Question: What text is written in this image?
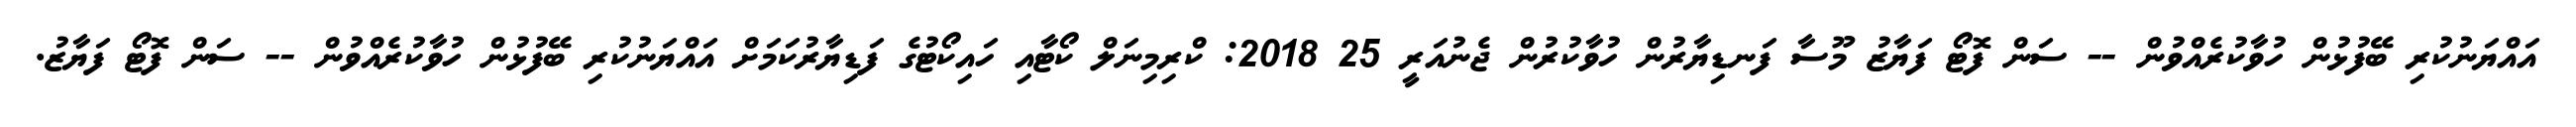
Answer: އައްޔަނުކުރި ބޭފުޅުން ހުވާކުރެއްވުން -- ސަން ފޮޓޯ ފަޔާޒު މޫސާ ފަނޑިޔާރުން ހުވާކުރުން ޖެނުއަރީ 25 2018: ކްރިމިނަލް ކޯޓާއި ހައިކޯޓުގެ ފަޑިޔާރުކަމަށް އައްޔަނުކުރި ބޭފުޅުން ހުވާކުރެއްވުން -- ސަން ފޮޓޯ ފަޔާޒު.